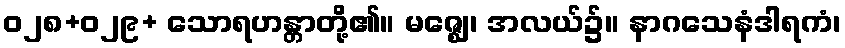
ဝ၂၈+ဝ၂၉+ သောရဟန္တာတို့၏။ မဇ္ဈေ၊ အလယ်၌။ နာဂသေနံဒါရကံ၊